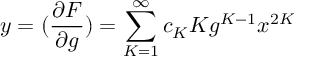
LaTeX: y = ( \frac { \partial F } { \partial g } ) = \sum _ { K = 1 } ^ { \infty } c _ { K } K g ^ { K - 1 } x ^ { 2 K }